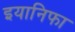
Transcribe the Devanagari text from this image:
इयानिफा